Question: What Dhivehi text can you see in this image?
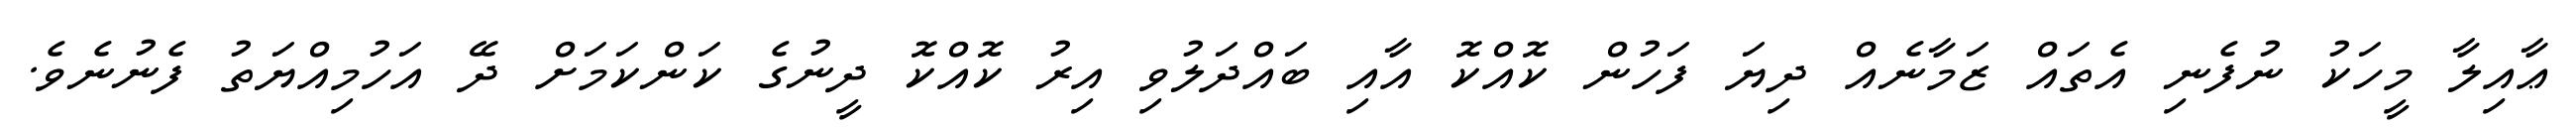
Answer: ޢާއިލާ މީހަކު ނުފެނި އެތައް ޒަމާނެއް ދިޔަ ފަހުން ކޮއްކޮ އާއި ބައްދަލުވި އިރު ކޮއްކޮ ދީނުގެ ކަންކަމަށް ދޭ އަހުމިއްޔަތު ފެނުނެވެ.